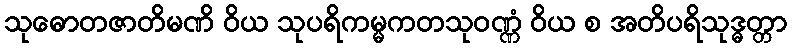
သုဓောတဇာတိမဏိ ဝိယ သုပရိကမ္မကတသုဝဏ္ဏံ ဝိယ စ အတိပရိသုဒ္ဓတ္တာ